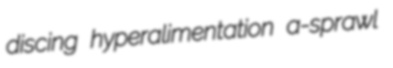
discing hyperalimentation a-sprawl